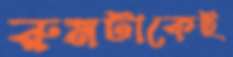
রুমটাকেই